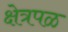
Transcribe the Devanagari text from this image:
क्षेत्रपळ